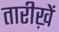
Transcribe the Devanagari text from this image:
तारीख़ें